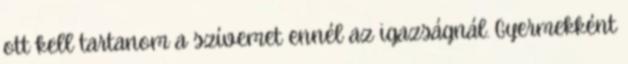
ott kell tartanom a szívemet ennél az igazságnál. Gyermekként